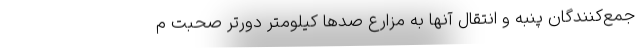
جمع‌کنندگان پنبه و انتقال آنها به مزارع صدها کیلومتر دورتر صحبت م